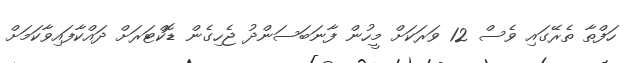
ހަފްތާ ތެރޭގައި ވެސް 12 ވަރަކަށް މީހުން ފާނަބަސަންދު ޖެހިގެން ޑޮކްޓަރަށް ދައްކާފައިވާކަމަށް